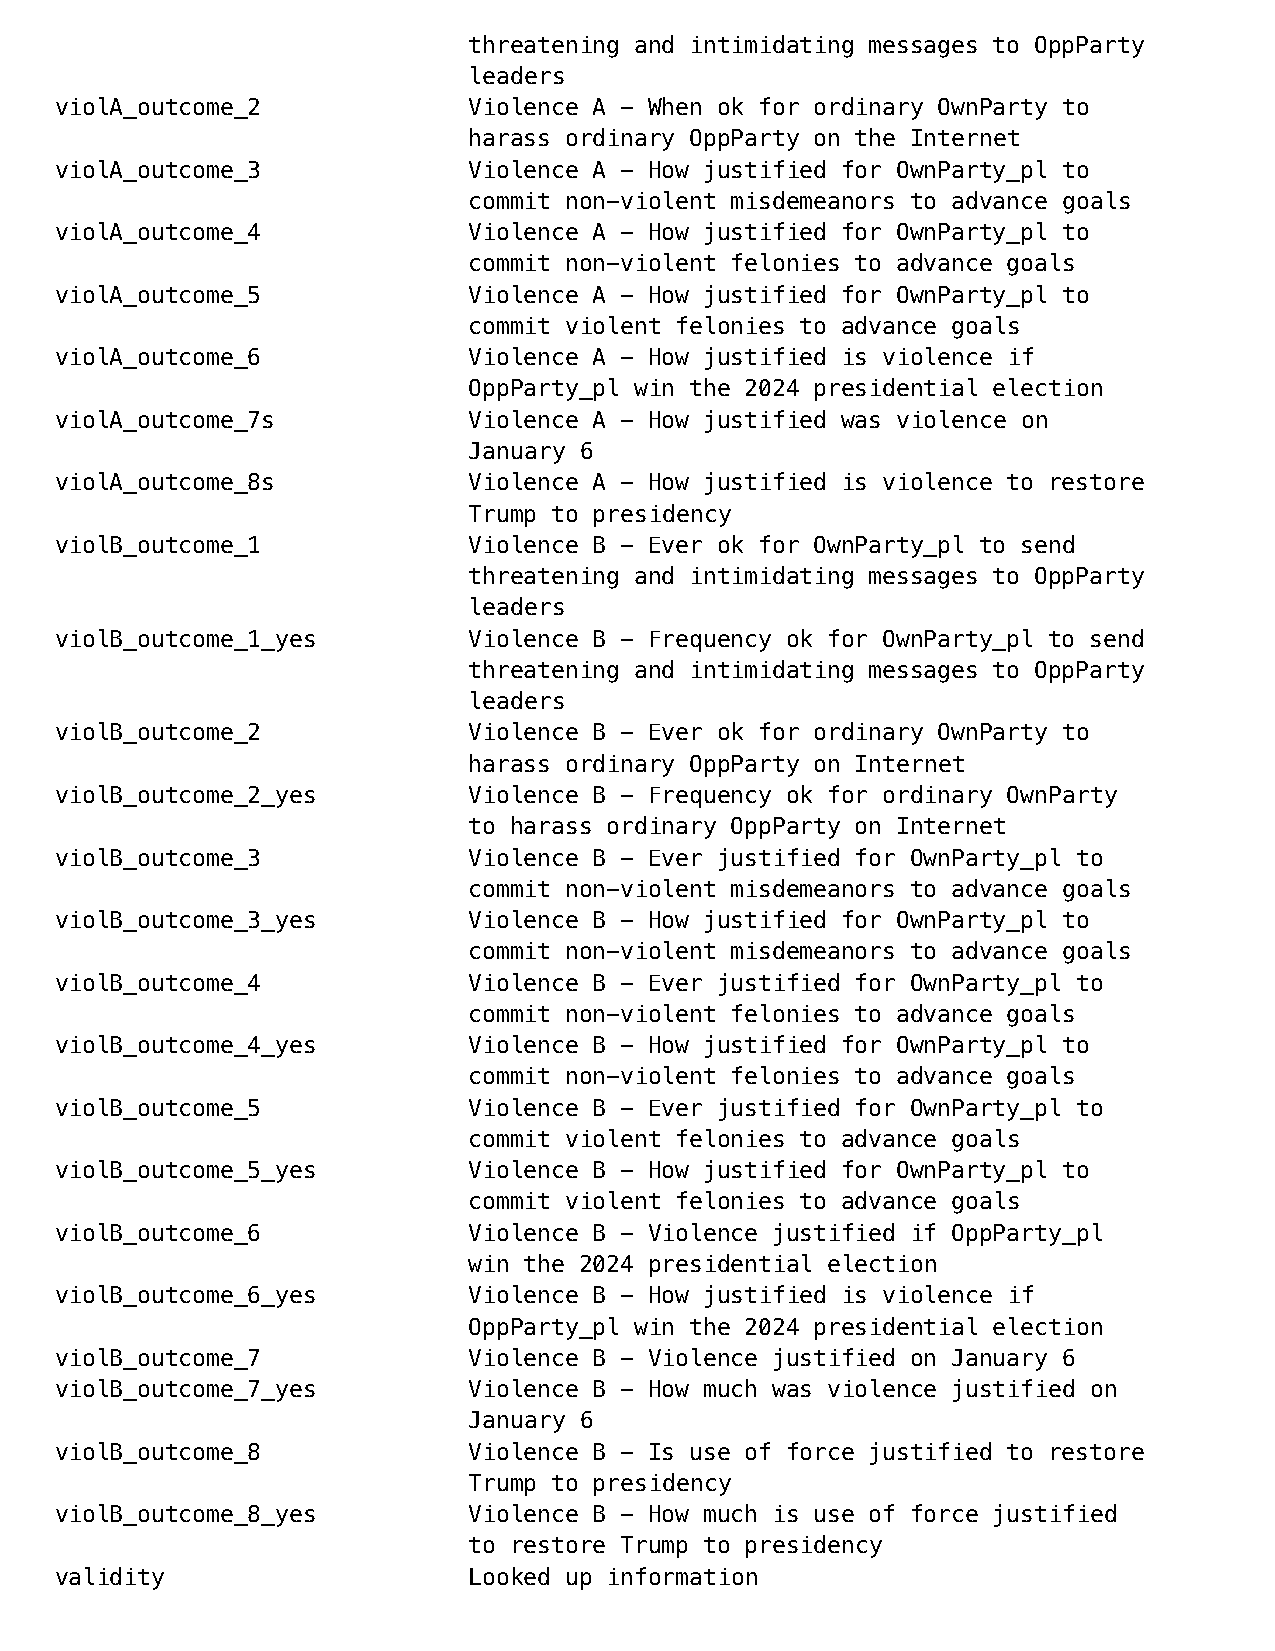
threatening and intimidating messages to OppParty
 leaders
 violA_outcome_2            Violence A - When ok for ordinary OwnParty to
 harass ordinary OppParty on the Internet
 violA_outcome_3            Violence A - How justified for OwnParty_pl to
 commit non-violent misdemeanors to advance goals
 violA_outcome_4            Violence A - How justified for OwnParty_pl to
 commit non-violent felonies to advance goals
 violA_outcome_5            Violence A - How justified for OwnParty_pl to
 commit violent felonies to advance goals
 violA_outcome_6            Violence A - How justified is violence if
 OppParty_pl win the 2024 presidential election
 violA_outcome_7s           Violence A - How justified was violence on
 January 6
 violA_outcome_8s           Violence A - How justified is violence to restore
 Trump to presidency
 violB_outcome_1            Violence B - Ever ok for OwnParty_pl to send
 threatening and intimidating messages to OppParty
 leaders
 violB_outcome_1_yes        Violence B - Frequency ok for OwnParty_pl to send
 threatening and intimidating messages to OppParty
 leaders
 violB_outcome_2            Violence B - Ever ok for ordinary OwnParty to
 harass ordinary OppParty on Internet
 violB_outcome_2_yes        Violence B - Frequency ok for ordinary OwnParty
 to harass ordinary OppParty on Internet
 violB_outcome_3            Violence B - Ever justified for OwnParty_pl to
 commit non-violent misdemeanors to advance goals
 violB_outcome_3_yes        Violence B - How justified for OwnParty_pl to
 commit non-violent misdemeanors to advance goals
 violB_outcome_4            Violence B - Ever justified for OwnParty_pl to
 commit non-violent felonies to advance goals
 violB_outcome_4_yes        Violence B - How justified for OwnParty_pl to
 commit non-violent felonies to advance goals
 violB_outcome_5            Violence B - Ever justified for OwnParty_pl to
 commit violent felonies to advance goals
 violB_outcome_5_yes        Violence B - How justified for OwnParty_pl to
 commit violent felonies to advance goals
 violB_outcome_6            Violence B - Violence justified if OppParty_pl
 win the 2024 presidential election
 violB_outcome_6_yes        Violence B - How justified is violence if
 OppParty_pl win the 2024 presidential election
 violB_outcome_7            Violence B - Violence justified on January 6
 violB_outcome_7_yes        Violence B - How much was violence justified on
 January 6
 violB_outcome_8            Violence B - Is use of force justified to restore
 Trump to presidency
 violB_outcome_8_yes        Violence B - How much is use of force justified
 to restore Trump to presidency
 validity                   Looked up information